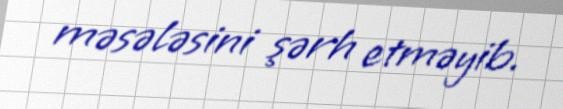
məsələsini şərh etməyib.